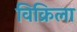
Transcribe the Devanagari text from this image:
विक्रिला